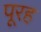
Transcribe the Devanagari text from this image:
पूरह